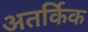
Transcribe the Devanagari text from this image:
अतर्किक